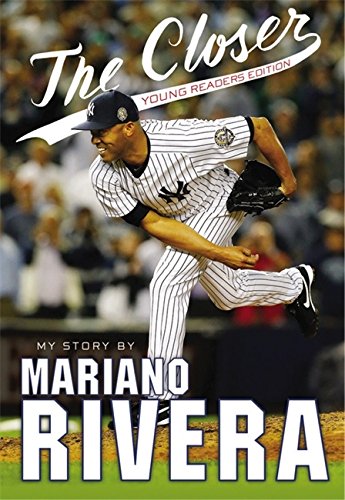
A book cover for The Closer: Young Readers Edition; Mariano Rivera; Children's Books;